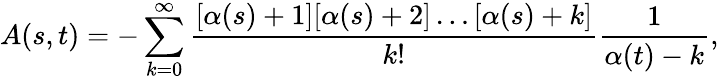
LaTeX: A(s,t)=-\sum_{k=0}^{\infty}\frac{[\alpha(s)+1][\alpha(s)+2]\ldots[\alpha(s)+k]}{k!}\frac{1}{\alpha(t)-k},